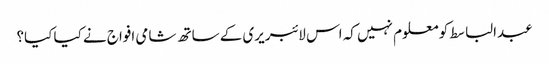
عبدالباسط کو معلوم نہیں کہ اس لائبریری کے ساتھ شامی افواج نے کیا کیا؟